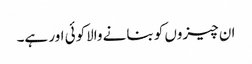
ان چیزوں کو بنانے والاکوئی اور ہے۔